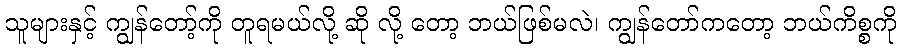
သူများနှင့် ကျွန်တော့်ကို တူရမယ်လို့ ဆို လို့ တော့ ဘယ်ဖြစ်မလဲ၊ ကျွန်တော်ကတော့ ဘယ်ကိစ္စကို